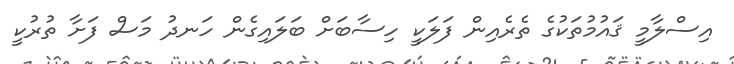
އިސްލާމީ ޤައުމުތަކުގެ ތެރެއިން ފަލަކީ ހިސާބަށް ބަލައިގެން ހަނދު މަސް ފަށާ ތުރުކީ